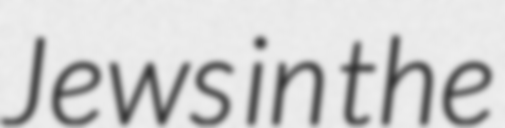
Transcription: Jews in the